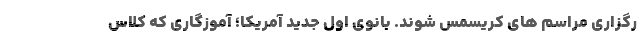
رگزاری مراسم های کریسمس شوند. بانوی اول جدید آمریکا؛ آموزگاری که کلاس